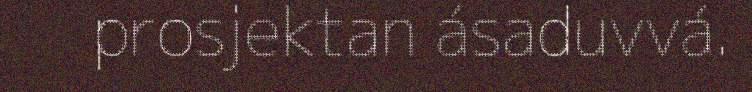
prosjektan ásaduvvá.